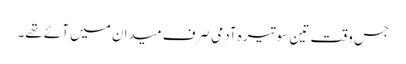
جس وقت تین سو تیرہ آدمی صرف میدان میں آئے تھے۔